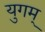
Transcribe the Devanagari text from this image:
युगम्